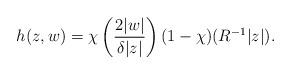
LaTeX: \begin{align*}h(z, w) =\chi \left( \frac{2|w|}{\delta |z|} \right) (1- \chi) (R^{-1} |z|) . \end{align*}